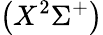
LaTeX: \left(X^{2}\Sigma^{+}\right)